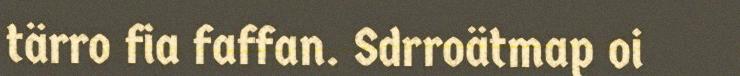
tärro fia faffan. Sdrroätmap oi